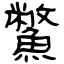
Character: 鱉